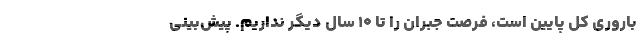
باروری کل پایین است، فرصت جبران را تا ۱۰ سال دیگر نداریم. پیش‌بینی